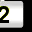
Digit: 2